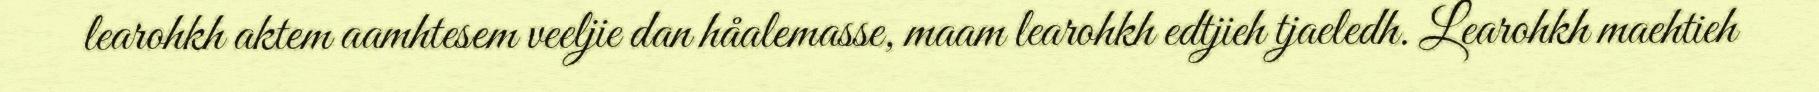
learohkh aktem aamhtesem veeljie dan håalemasse, maam learohkh edtjieh tjaeledh. Learohkh maehtieh